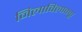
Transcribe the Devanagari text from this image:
निलाविलाक्कू